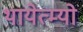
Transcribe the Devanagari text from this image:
थायेत्म्यो